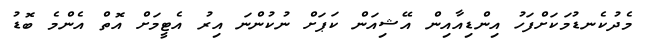
މެދުކެނޑުމަކަށްފަހު އިންޑިއާއިން އޭޝިއަން ކަޕަށް ނުކުންނަ އިރު އެޓީމަށް އޮތް އެންމެ ބޮޑު